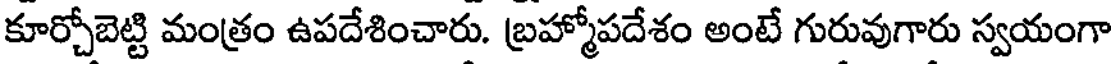
కూర్చోబెట్టి మంత్రం ఉపదేశించారు. బ్రహ్మోపదేశం అంటే గురువుగారు స్వయంగా